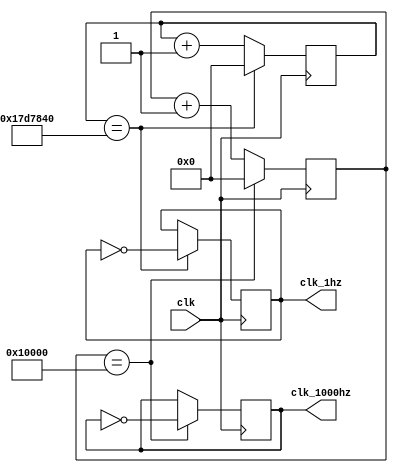
// This program was cloned from: https://github.com/HUZAIFA-TARIQ/GIKI-TapeOut-2
// License: Apache License 2.0

`timescale 1ns / 1ps







module slow_clock(
    input clk,
    output reg clk_1hz,
    output reg clk_1000hz
);

    reg [25:0] counter;
    reg [25:0] counter2;
            
    always @(posedge clk)
    begin
        ////if(counter == 100000000) //50 million, half of 100mhz
       // if(counter == 50000000)
       if(counter == 25000000)
            begin
            counter         <= 0;
            clk_1hz         <= ~clk_1hz ; 
            end
        else 
            counter         <= counter + 1;
    end
    
    
    always @(posedge clk)
    begin
        //if(counter2 == 131072)
       if(counter2 == 65536)
        //if(counter2 == 262144)
        begin
            counter2        <= 0;
            clk_1000hz      <= ~clk_1000hz;
        end
        else
            counter2        <= counter2 + 1;
    end









endmodule